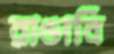
রাঙাবি